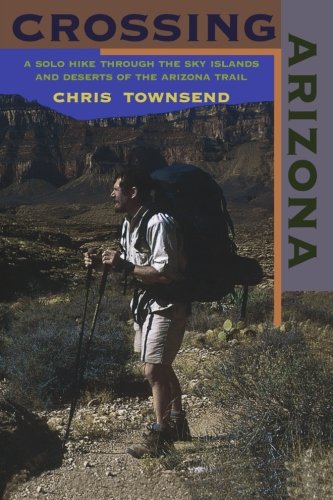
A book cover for Crossing Arizona: A Solo Hike Through the Sky Islands and Deserts of the Arizona Trail; Chris Townsend; Travel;